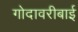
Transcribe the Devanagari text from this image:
गोदावरीबाई